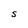
Character: S